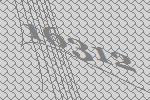
16312